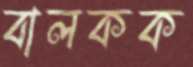
বালকক